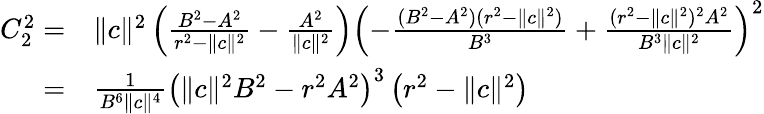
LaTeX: \begin{array}{rl}{C_{2}^{2}=}&{\| c\| ^{2}\left(\frac{B^{2}-A^{2}}{r^{2}-\| c\| ^{2}}-\frac{A^{2}}{\| c\| ^{2}}\right)\left(-\frac{(B^{2}-A^{2})(r^{2}-\| c\| ^{2})}{B^{3}}+\frac{(r^{2}-\| c\| ^{2})^{2}A^{2}}{B^{3}\| c\| ^{2}}\right)^{2}}\\ {=}&{\frac{1}{B^{6}\| c\| ^{4}}\left(\| c\| ^{2}B^{2}-r^{2}A^{2}\right)^{3}\left(r^{2}-\| c\| ^{2}\right)}\end{array}